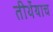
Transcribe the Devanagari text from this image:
तीर्थेयाच